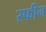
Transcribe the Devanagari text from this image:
स्फीन